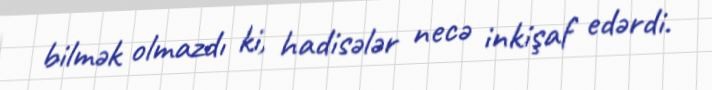
bilmək olmazdı ki, hadisələr necə inkişaf edərdi.